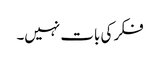
فکر کی بات نہیں۔